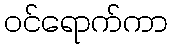
ဝင်ရောက်ကာ